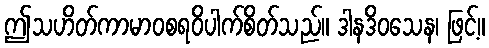
ဤသဟိတ်ကာမာဝစရဝိပါက်စိတ်သည်။ ဒါနဒိဝသေန၊ ဖြင့်။